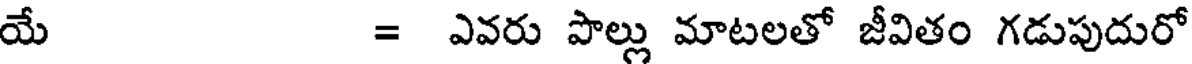
యే = ఎవరు పొల్లు మాటలతో జీవితం గడుపుదురో